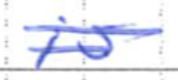
Text: is
Cross-out: double-line
Writing tool: ballpoint